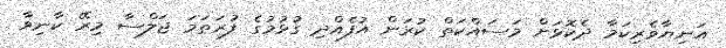
އަނިޔާވެރިކަމާ ދެކޮޅަށް މަސައްކަތް ކުރަން އުފެއްދި ގުޅުމުގެ ފުރަތަމަ ޖަލްސާ މިރޭ ކާނިވާ